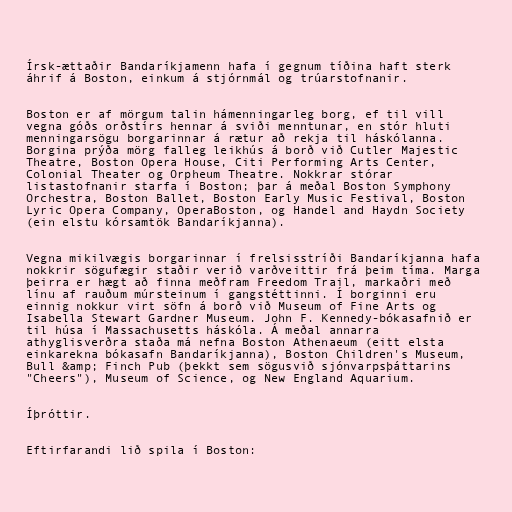
Írsk-ættaðir Bandaríkjamenn hafa í gegnum tíðina haft sterk
áhrif á Boston, einkum á stjórnmál og trúarstofnanir.

Boston er af mörgum talin hámenningarleg borg, ef til vill
vegna góðs orðstírs hennar á sviði menntunar, en stór hluti
menningarsögu borgarinnar á rætur að rekja til háskólanna.
Borgina prýða mörg falleg leikhús á borð við Cutler Majestic
Theatre, Boston Opera House, Citi Performing Arts Center,
Colonial Theater og Orpheum Theatre. Nokkrar stórar
listastofnanir starfa í Boston; þar á meðal Boston Symphony
Orchestra, Boston Ballet, Boston Early Music Festival, Boston
Lyric Opera Company, OperaBoston, og Handel and Haydn Society
(ein elstu kórsamtök Bandaríkjanna).

Vegna mikilvægis borgarinnar í frelsisstríði Bandaríkjanna hafa
nokkrir sögufægir staðir verið varðveittir frá þeim tíma. Marga
þeirra er hægt að finna meðfram Freedom Trail, markaðri með
línu af rauðum múrsteinum í gangstéttinni. Í borginni eru
einnig nokkur virt söfn á borð við Museum of Fine Arts og
Isabella Stewart Gardner Museum. John F. Kennedy-bókasafnið er
til húsa í Massachusetts háskóla. Á meðal annarra
athyglisverðra staða má nefna Boston Athenaeum (eitt elsta
einkarekna bókasafn Bandaríkjanna), Boston Children's Museum,
Bull &amp; Finch Pub (þekkt sem sögusvið sjónvarpsþáttarins
"Cheers"), Museum of Science, og New England Aquarium.

Íþróttir.

Eftirfarandi lið spila í Boston: